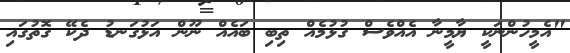
"އެމީހުންނަކީ ޔާމީނާ އެއްވެސް ގުޅުމެއް ތިބި ބައެއް ނޫން އަޅުގަނޑު ދެކޭ ގޮތުގައި